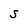
Character: S